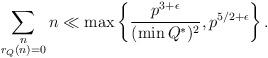
LaTeX: \begin{align*}\sum_{\substack{n \\ r_{Q}(n) = 0}} n \ll \max \left\{ \frac{p^{3+\epsilon}}{(\min Q^{*})^{2}}, p^{5/2 + \epsilon} \right\}.\end{align*}